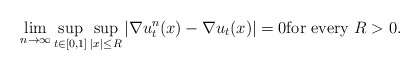
\begin{align*}\lim_{n\to\infty}\sup_{t\in[0,1]}\sup_{|x|\leq R}|\nabla u^n_t(x)-\nabla u_t(x)|=0\hbox{for every } R>0.\end{align*}